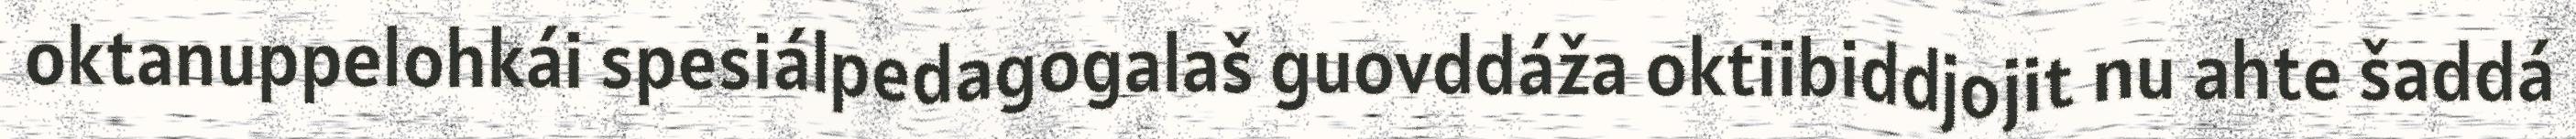
oktanuppelohkái spesiálpedagogalaš guovddáža oktiibiddjojit nu ahte šaddá